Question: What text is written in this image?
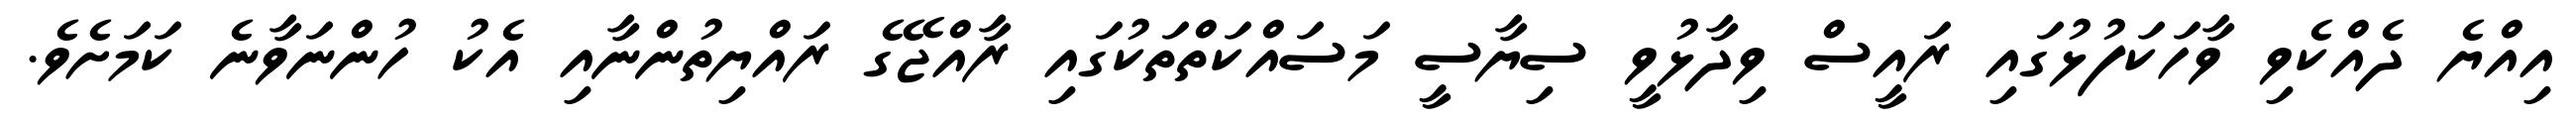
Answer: އިއްޔެ ދެއްކެވި ވާހަކަފުޅުގައި ރައީސް ވިދާޅުވީ ސިޔާސީ މަސައްކަތްތަކުގައި ރާއްޖޭގެ ރައްޔިތުންނާއި އެކު ހުންނަވާނެ ކަމަށެވެ.